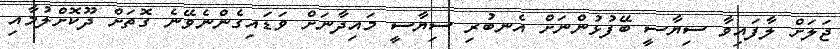
ޖަލަށް ލާފައިވާ ސިޔާސީ ބޭފުޅުންނަށް އެނބުރި ސިޔާސީ މައިދާނަށް ވަޑައިގެންނެވޭނެ ގޮތަށް ދޫކޮށްލުމާއި